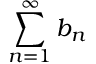
\sum _ { n = 1 } ^ { \infty } b _ { n }